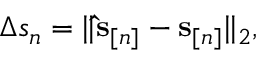
\begin{array} { r } { \Delta s _ { n } = \| \ensuremath { \mathbf { \hat { s } } } _ { [ n ] } - \mathbf s _ { [ n ] } \| _ { 2 } , } \end{array}